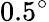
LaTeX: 0.5^{\circ}